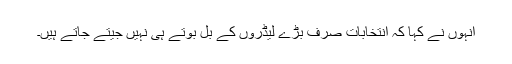
انہوں نے کہا کہ انتخابات صرف بڑے لیڈروں کے بل بوتے ہی نہیں جیتے جاتے ہیں۔